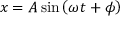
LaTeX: x = A \sin \left( \omega t + \phi \right)